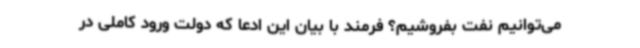
می‌توانیم نفت بفروشیم؟ فرمند با بیان این ادعا که دولت ورود کاملی در